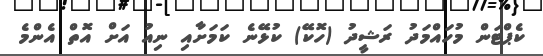
ކެޕްޓަން މުހައްމަދު ރަޝީދު (ހޮކޭ) ކުޅޭނެ ކަމަށާއި ނިއު އަށް އޮތް އެންމެ